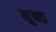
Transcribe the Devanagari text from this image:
म़ुफ्त